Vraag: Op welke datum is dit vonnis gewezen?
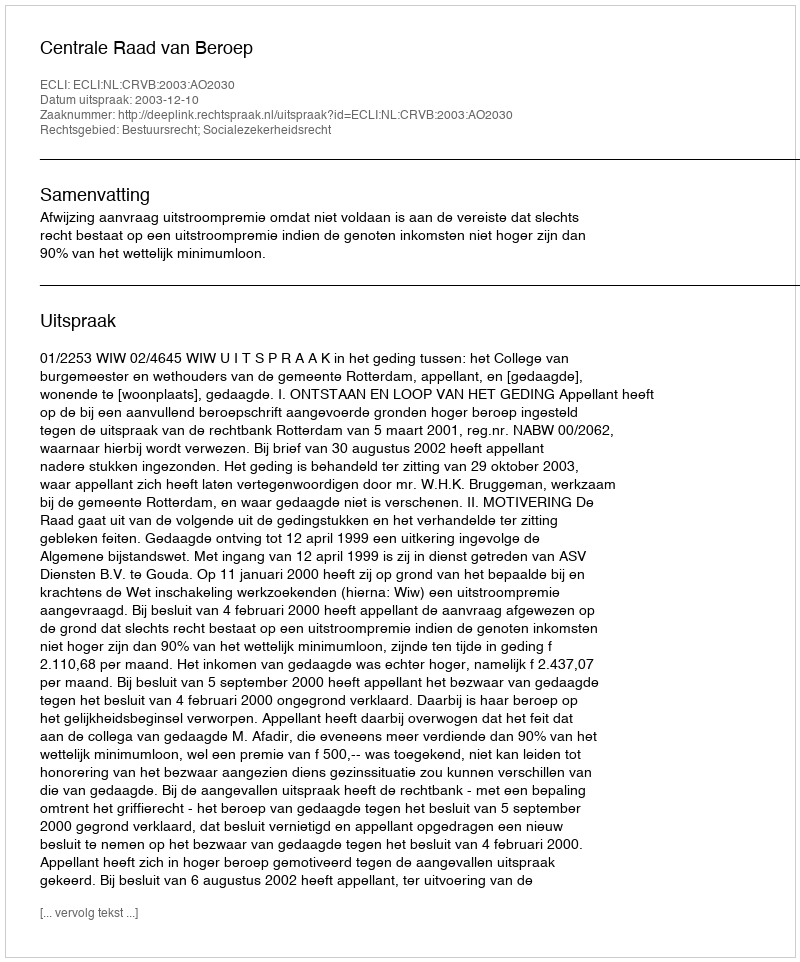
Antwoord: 2003-12-10